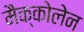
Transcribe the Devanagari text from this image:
मैक्कोलेन